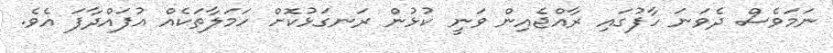
ނަމަވެސް ދެވަނަ ހާފުގައި ރާއްޖެއިން ވަނީ ކުޅުން ރަނގަޅުކޮށް ހަމަލާތަކެއް އުފައްދާފަ އެވެ.